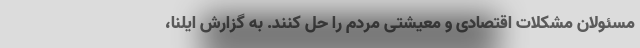
مسئولان مشکلات اقتصادی و معیشتی مردم را حل کنند. به گزارش ایلنا،